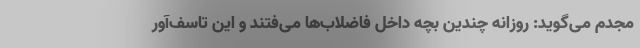
مجدم می‌گوید: روزانه چندین بچه داخل فاضلاب‌ها می‌فتند و این تاسف‌آور